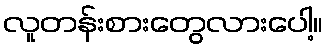
လူတန်းစားတွေလားပေါ့။